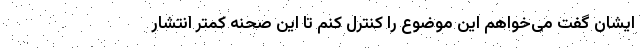
ایشان گفت می‌خواهم این موضوع را کنترل کنم تا این صحنه کمتر انتشار